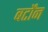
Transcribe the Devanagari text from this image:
बर्टोंन